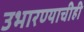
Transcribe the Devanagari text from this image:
उभारण्याचीही